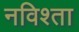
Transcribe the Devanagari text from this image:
नविश्ता